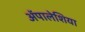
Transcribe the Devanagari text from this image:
ॲपालेशिया